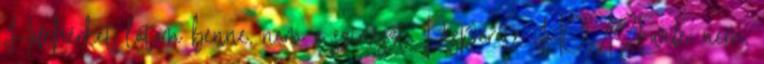
Hófehérkét látom benne, nem a színészt. Desperate HOUSEwife: nem,